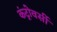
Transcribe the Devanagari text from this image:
कंट्रोवर्सी